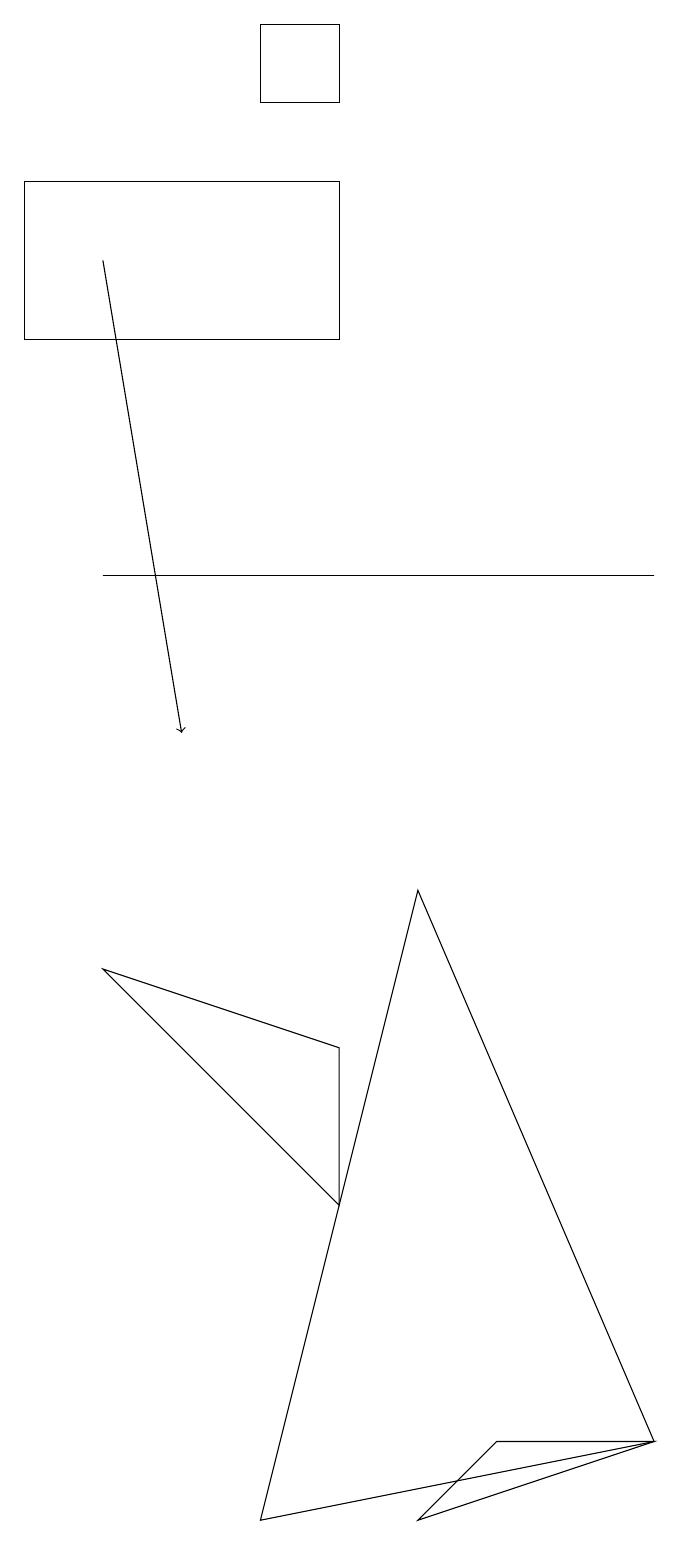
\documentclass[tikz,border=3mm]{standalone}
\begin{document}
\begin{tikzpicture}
\draw (4,15) rectangle (0,17);
\draw (4,4) -- (4,6) -- (1,7) -- cycle;
\draw (3,18) rectangle (4,19);
\draw (6,1) -- (8,1) -- (5,0) -- cycle;
\draw (1,12) rectangle (8,12);
\draw (3,0) -- (8,1) -- (5,8) -- cycle;
\draw[->] (1,16) -- (2,10);
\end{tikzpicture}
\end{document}